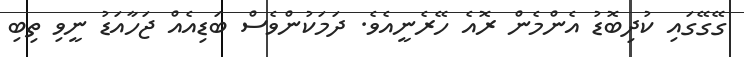
ގޭގޭގައި ކުދިބޮޑު އެންމެން ރޮއެ ހޭރެނީއެވެ. ދަމަކުންވެސް ބަޑިއެއް ޖަހާއަޑު ނީވި ތިބި